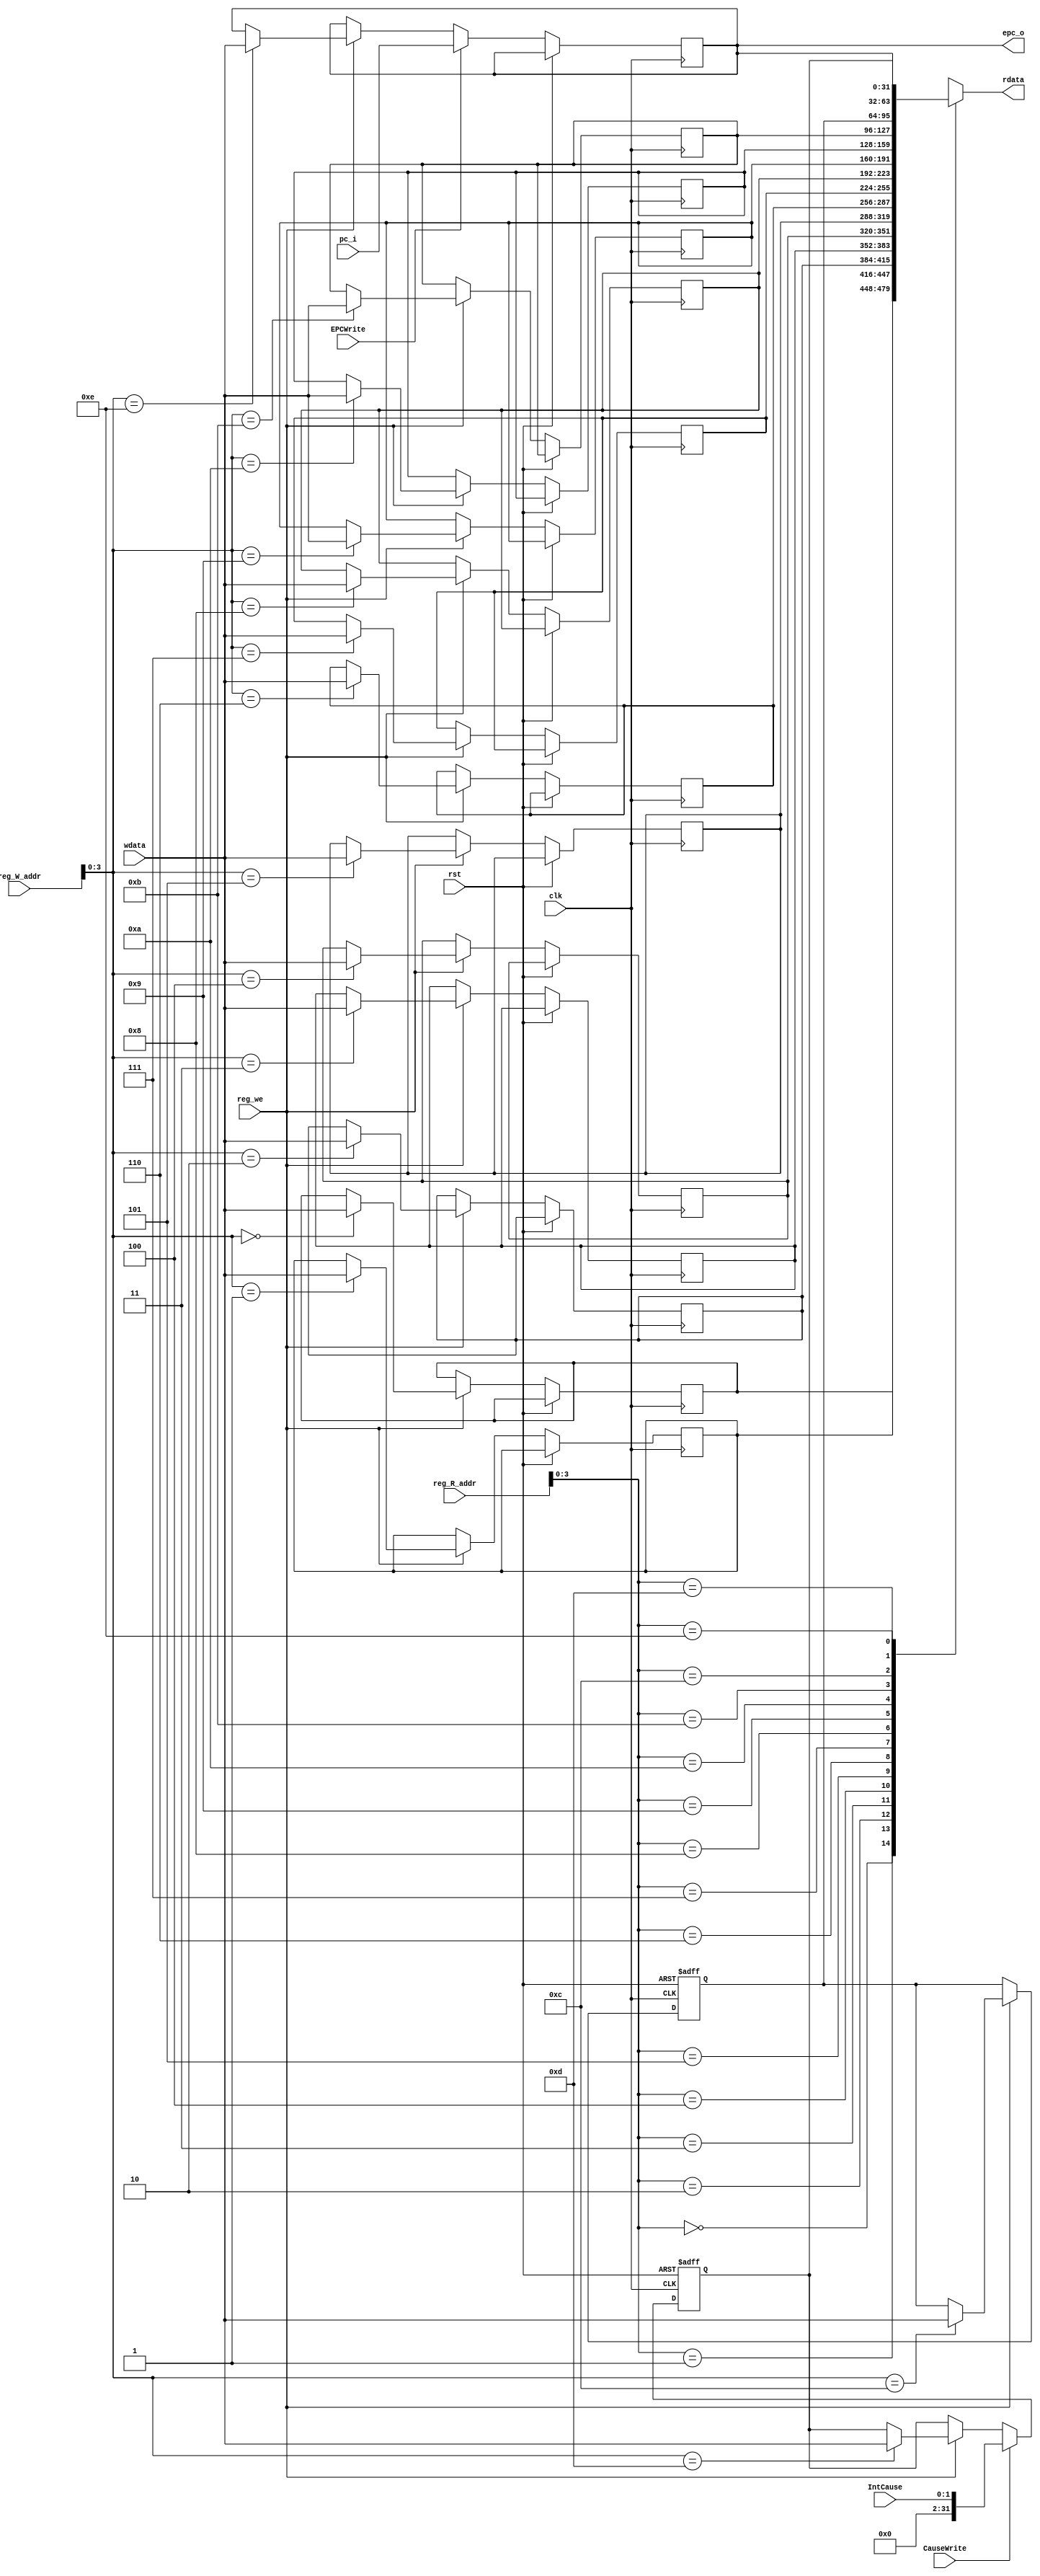
module Coprocessor(
    input clk,
    input rst,
    input [4:0] reg_R_addr,
    input [4:0] reg_W_addr,
    input [31:0] wdata,
    input [31:0] pc_i,
    input reg_we,
    input EPCWrite,
    input CauseWrite,
    input [1:0] IntCause,
    output [31:0] rdata,
    output [31:0] epc_o
    );

reg [31:0] register[12:14];
integer i;

assign rdata = register[reg_R_addr];
assign epc_o = register[14];

always @(posedge clk or posedge rst)
    if (rst == 1)begin
        for (i=12;i<14;i=i+1)
            register[i] <= 0;
    end else begin
        if (reg_we)
            register[reg_W_addr] <= wdata;
        if (EPCWrite == 1)
            register[14] <= pc_i;
        if (CauseWrite == 1)
            register[13] <= IntCause;
    end

endmodule